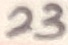
Text: 23